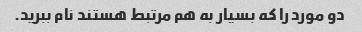
دو مورد را که بسیار به هم مرتبط هستند نام ببرید.